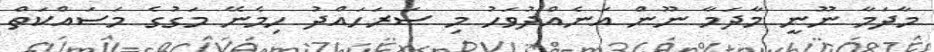
މާދަމާ ނޫނީ މާދަމާ ނޫން އަނެއްދުވަހު މި ސަރަހައްދު ހިމެނޭ މަގުގެ މަސައްކަތް